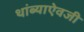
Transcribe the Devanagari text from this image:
थांब्याऐवजी